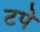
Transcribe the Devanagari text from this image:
टपे